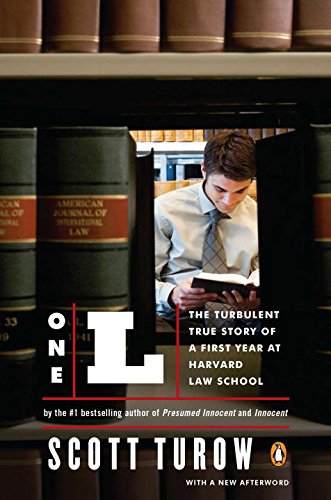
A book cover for One L: The Turbulent True Story of a First Year at Harvard Law School; Scott Turow; Education & Teaching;